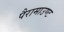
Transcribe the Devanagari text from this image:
पैरामाउण्ट